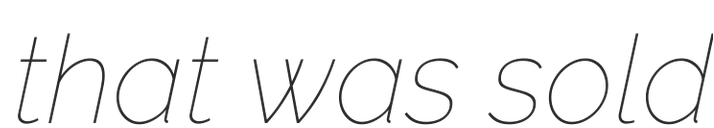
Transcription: that was sold